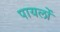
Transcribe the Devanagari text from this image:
पायलों